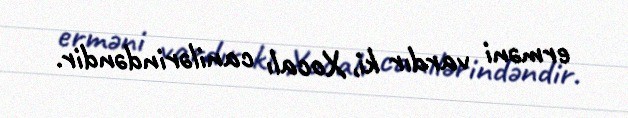
erməni vardır ki, Xocalı canilərindəndir.